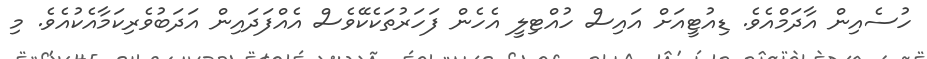
ހުސެއިން އާދަމްއެވެ. ޑިއުޓީއަށް އައިސް ހުއްޓިލީ އެހެން ފަހަރުތަކެކޭވެސް އެއްފަދައިން އަދަބުވެރިކަމާއެކުއެވެ. މި